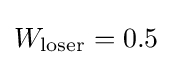
W_{\text{loser}}=0.5